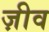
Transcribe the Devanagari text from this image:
ज़ीव